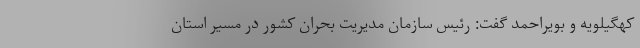
کهگیلویه و بویراحمد گفت: رئیس سازمان مدیریت بحران کشور در مسیر استان